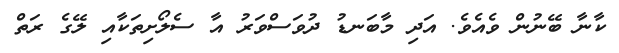
ކާނާ ބޭނުން ވެއެވެ. އަދި މާބަނޑު ދުވަސްވަރު އާ ސެލޯށިތަކާއި ލޭގެ ރަތް